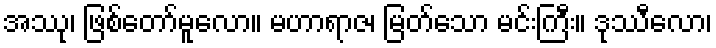
အဿု၊ ဖြစ်တော်မူလော။ မဟာရာဇ၊ မြတ်သော မင်းကြီး။ ဒုဿီလော၊